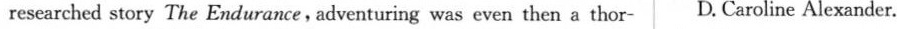
researched story The Endurance,adventuring was even then a thor- D. Caroline Alexander.